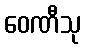
ဝေဏီသု